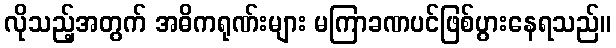
လိုသည့်အတွက် အဓိကရုဏ်းများ မကြာခဏပင်ဖြစ်ပွားနေရသည်။